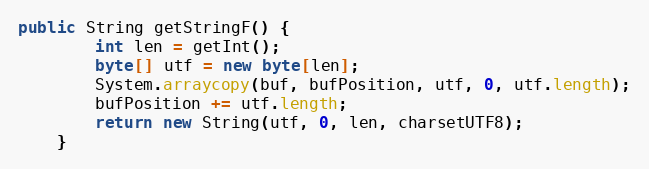
Language: Java
public String getStringF() {
		int len = getInt();
		byte[] utf = new byte[len];
		System.arraycopy(buf, bufPosition, utf, 0, utf.length);
		bufPosition += utf.length;
		return new String(utf, 0, len, charsetUTF8);
	}